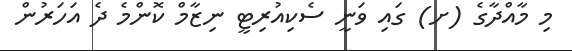
މި މާއްދާގެ (ށ) ގައި ވަނީ ސެކިއުރިޓީ ނިޒާމް ކޮންމެ ދެ އަހަރުން